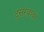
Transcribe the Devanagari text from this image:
दुसर्‍यावर